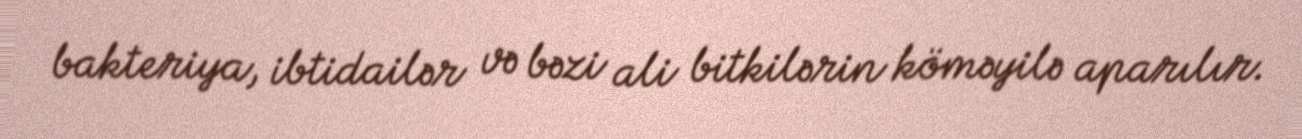
bakteriya, ibtidailər və bəzi ali bitkilərin köməyilə aparılır.